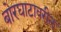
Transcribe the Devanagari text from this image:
बोरघाटावरील